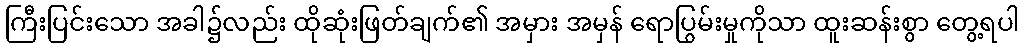
ကြီးပြင်းသော အခါ၌လည်း ထိုဆုံးဖြတ်ချက်၏ အမှား အမှန် ရောပြွမ်းမှုကိုသာ ထူးဆန်းစွာ တွေ့ရပါ